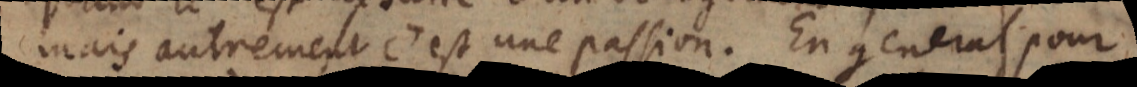
mais autrement c’est une passion. En general pour